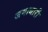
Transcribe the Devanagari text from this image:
जगाधारी